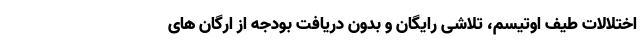
اختلالات طیف اوتیسم، تلاشی رایگان و بدون دریافت بودجه از ارگان های